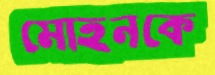
মোহনকে